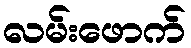
လမ်းဖောက်